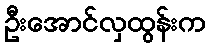
ဦးအောင်လှထွန်းက